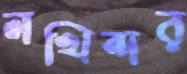
লখিন্দর